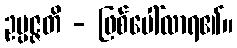
ဥပ္ပဇ္ဇတိ - ဖြစ်ပေါ်လာရ၏။